Report on vaccination proceedings throughout the Government of Bengal -
Year: 1868
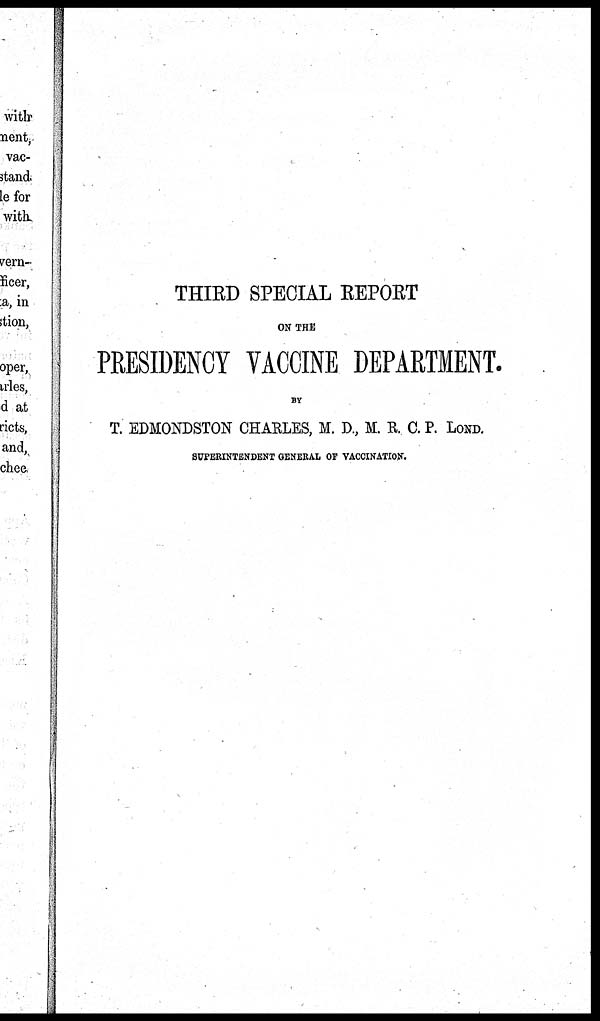
THIRD SPECIAL REPORT
ON THE
PRESIDENCY VACCINE DEPARTMENT.
BY
T. EDMONDSTON CHARLES, M. D., M. R. C. P. LOND.
SUPERINTENDENT GENERAL OF VACCINATION.